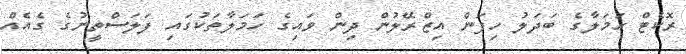
ރޮކެޓް ހަމަލާގެ ބަދަލު ހިފަން އިޒްރޭލުން ދިން ވައިގެ ހަމަލާތަކުގައި ފަލަސްތީނުގެ ގެއެއް